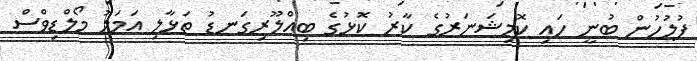
ފުލުހުން ބުނީ ހައި ކޮމިޝަނަރުގެ ކާރު ކޮޅުގެ ބިއްލޫރިގަނޑު ތަޅާލި އަމަލު މޯލްޑިވްސް